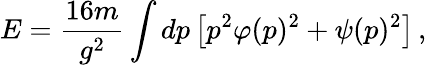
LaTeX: E=\frac{16m}{g^{2}}\int dp\left[p^{2}\varphi(p)^{2}+\psi(p)^{2}\right]\, ,